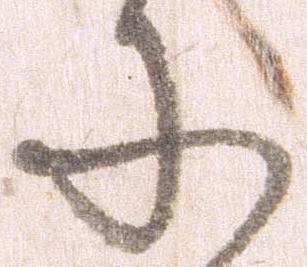
に